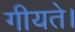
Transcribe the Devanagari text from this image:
गीयते।